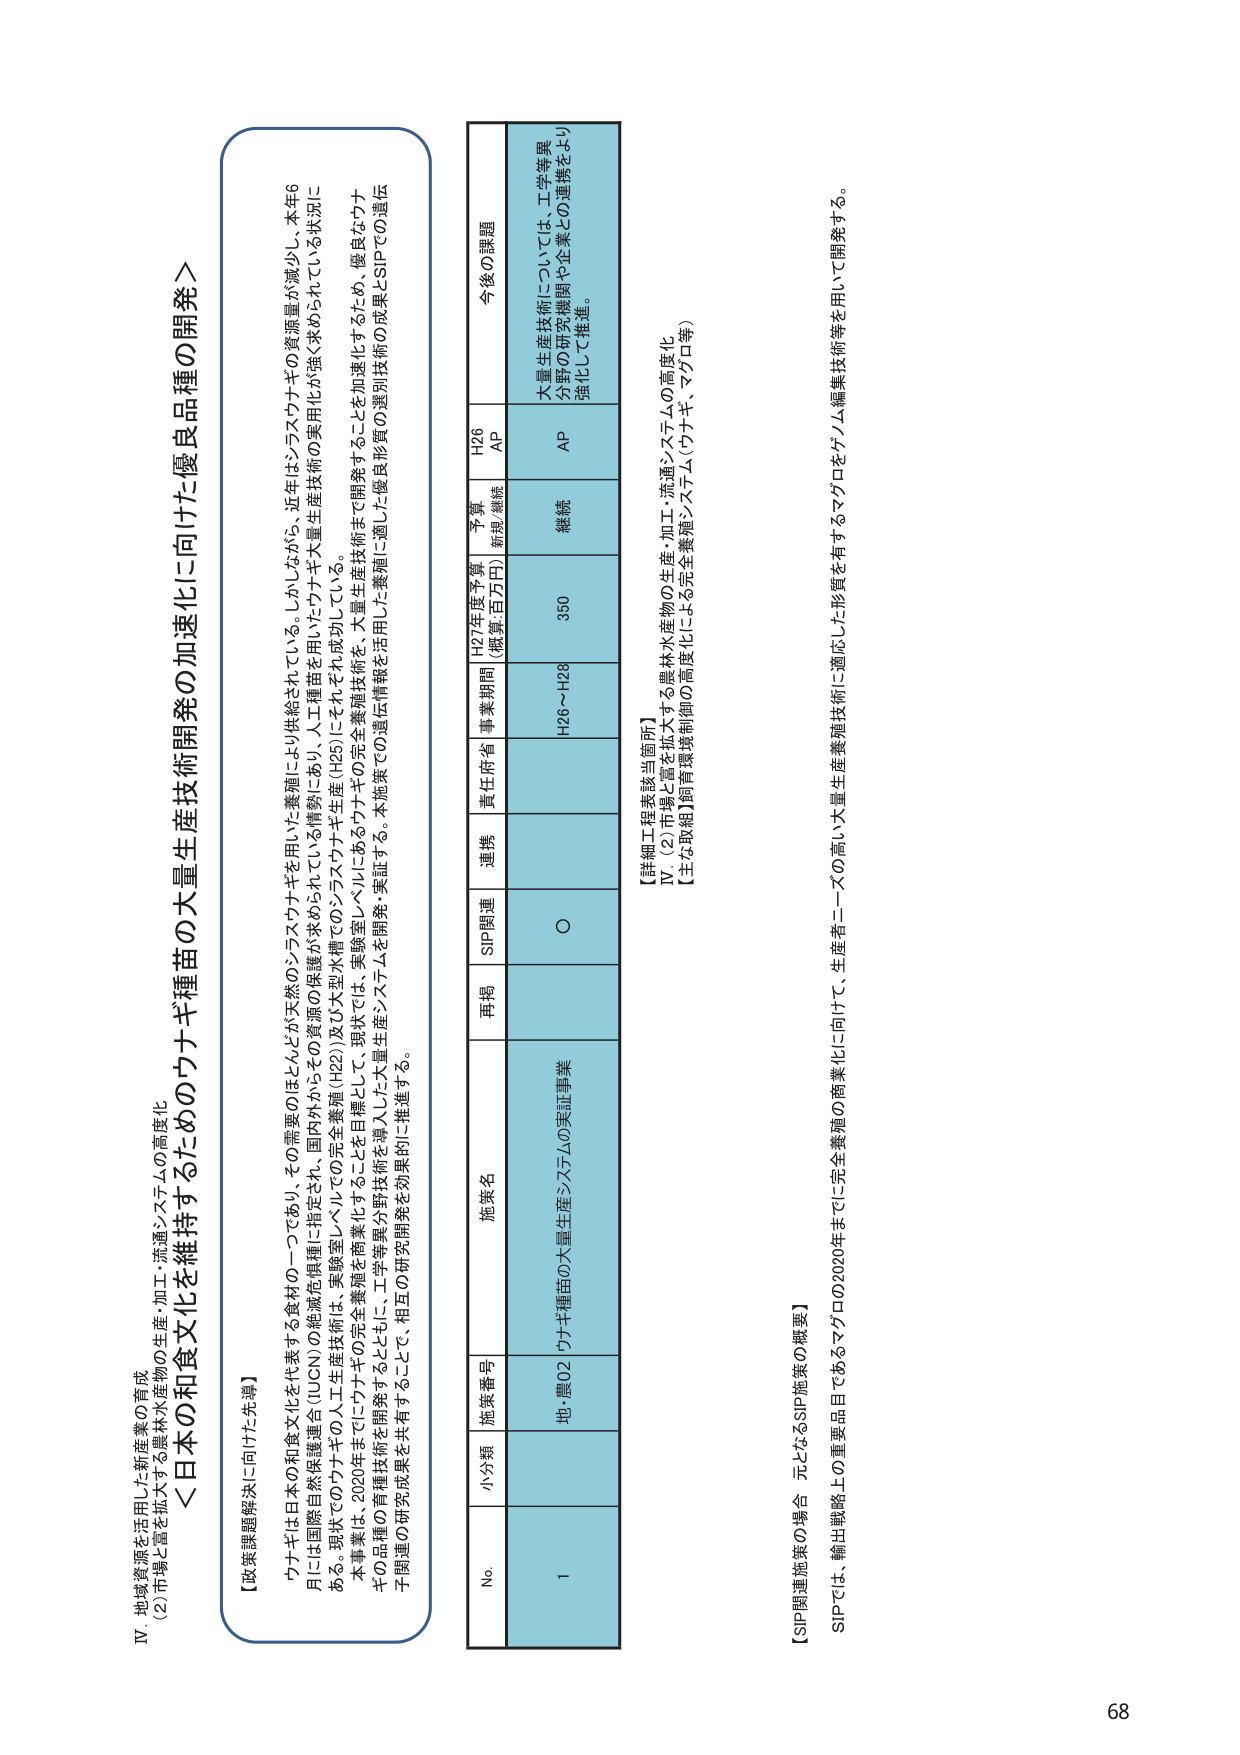
IV 地域資源を活用した新産業の育成
(2)市場を拡大する農林水産物の生産・加工・流通システムの高度化

＜日本の和食文化を維持するためのウナギ種苗の大量生産技術開発の加速化に向けた優良品種の開発＞

【政策課題解決に向けた先導】
ウナギは日本の和食文化を代表する食材の一つであり、その需要のほとんどが天然のシラスウナギを用いた養殖により供給されている。しかしながら、近年はシラスウナギの資源量が減少し、本年6月には国際自然保護連合（IUCN）の絶滅危惧種に指定され、国内外からその資源の保護が求められている情勢にあり、人工種苗を用いたウナギ大量生産技術の実用化が強く求められている状況にある。現状でのウナギの人工生産技術は、実験室レベルでの完全養殖（H22）及び大型水槽でのシラスウナギ生産（H25）にそれぞれ成功している。
本事業は、2020年までにウナギを日曜として、現状では、実験室レベルにあるウナギの完全養殖技術を、大量生産技術まで開発することを加速化するため、優良なウナギの品種の育種技術を開発するとともに、工学等異分野技術を導入した大量生産システムを開発・実証する。本施策での遺伝情報等を活用した優良形質の選別技術の成果とSIPでの遺伝子関連の研究成果を共有することで、相互の研究開発を効果的に推進する。

No. 小分類 施策番号 施策名 再掲 SIP関連 連携 責任府省 事業期間 H27年度予算 （概算・百万円） 予算 新規/継続 H26 AP 今後の課題
1 地・農02 ウナギ種苗の大量生産システムの実証事業 ○ H26～H28 350 継続 AP 大量生産技術については、工学等異分野の研究機関や企業との連携をより強化して推進。

【詳細工程表該当箇所】
IV. (2)市場を拡大する農林水産物の生産・加工・流通システムの高度化
【主な取組】飼育環境制御の高度化による完全養殖システム（ウナギ、マグロ等）

【SIP関連施策の場合一元となるSIP施策の概要】
SIPでは、輸出戦略上の重要品目であるマグロの2020年までに完全養殖の商業化に向け、生産者ニーズの高い大量生産養殖技術に適応した形質を有するマグロをゲノム編集技術等を用いて開発する。

68